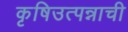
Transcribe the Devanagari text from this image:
कृषिउत्पन्नाची